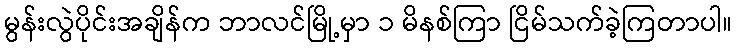
မွန်းလွဲပိုင်းအချိန်က ဘာလင်မြို့မှာ ၁ မိနစ်ကြာ ငြိမ်သက်ခဲ့ကြတာပါ။